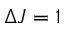
\Delta J = 1